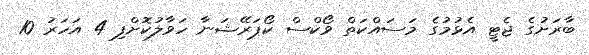
ބާރަށުގެ ޖެޓީ އެޅުމުގެ މަސައްކަތް ވޯކްސް ކޯޕަރޭޝަނާ ހަވާލުކޮށްފި 4 އަހަރު 10